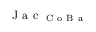
\mathrm { ~ J ~ a ~ c ~ } _ { \mathrm { ~ C ~ o ~ B ~ a ~ } }